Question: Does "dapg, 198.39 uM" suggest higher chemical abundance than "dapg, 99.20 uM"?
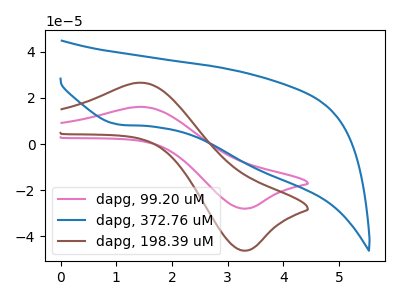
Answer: <think>The pink curve "dapg, 99.20 uM" has an anodic peak at (1.50V, 16.10uA) and a cathodic peak at (3.35V, -28.10uA). The blue curve "dapg, 372.76 uM" has a cathodic peak at: (1.05V, 8.45uA). The brown curve "dapg, 198.39 uM" has an anodic peak at (1.50V, 26.60uA) and a cathodic peak at (3.35V, -46.35uA).
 All the peaks in "dapg, 198.39 uM" have a peak in "dapg, 99.20 uM" at the same potential. Every peak in "dapg, 198.39 uM" is higher than every peak in "dapg, 99.20 uM".</think>
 <answer>"dapg, 198.39 uM" has more signal than "dapg, 99.20 uM".</answer>
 <eval>more_signal</eval>